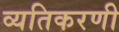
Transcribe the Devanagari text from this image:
व्यतिकरणी